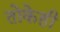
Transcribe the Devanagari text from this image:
तोकेही